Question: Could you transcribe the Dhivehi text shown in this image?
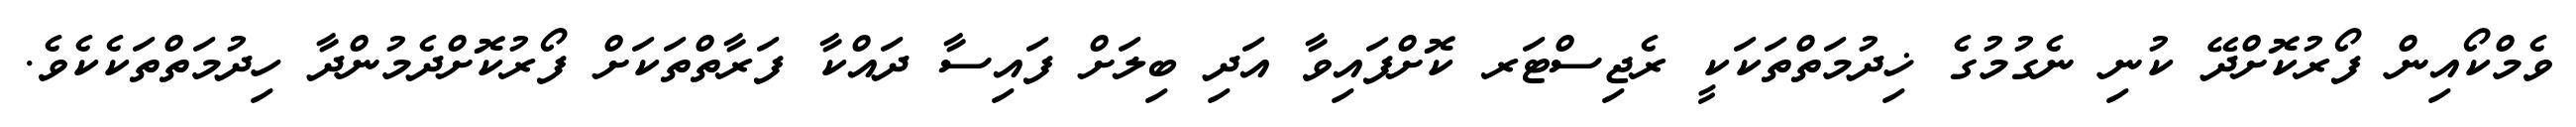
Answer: ވެމްކޯއިން ފޯރުކޮށްދޭ ކުނި ނެގުމުގެ ޚިދުމަތްތަކަކީ ރެޖިސްޓަރ ކޮށްފައިވާ އަދި ބިލަށް ފައިސާ ދައްކާ ފަރާތްތަކަށް ފޯރުކޮށްދެމުންދާ ހިދުމަތްތަކެކެވެ.